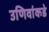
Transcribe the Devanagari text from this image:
उणिवांकडे